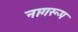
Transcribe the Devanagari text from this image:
नागरूप